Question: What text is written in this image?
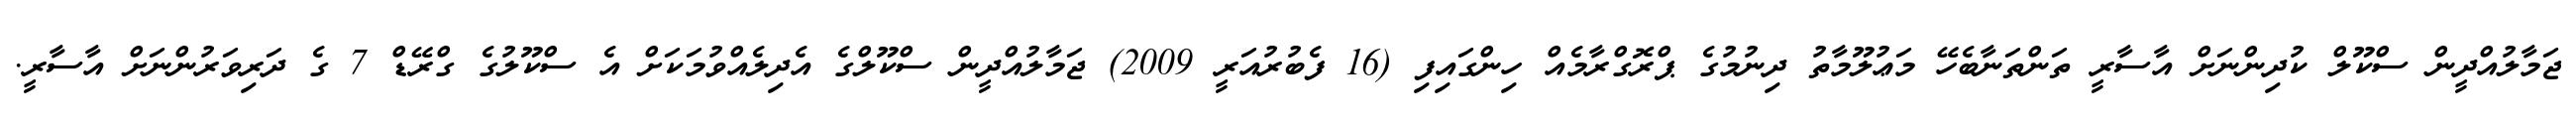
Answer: ޖަމާލުއްދީން ސްކޫލް ކުދިންނަށް އާސާރީ ތަންތަނާބެހޭ މަޢުލޫމާތު ދިނުމުގެ ޕްރޮގްރާމެއް ހިންގައިފި (16 ފެބުރުއަރީ 2009) ޖަމާލުއްދީން ސްކޫލްގެ އެދިލެއްވުމަކަށް އެ ސްކޫލުގެ ގްރޭޑް 7 ގެ ދަރިވަރުންނަށް އާސާރީ.